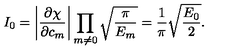
I _ { 0 } = \left| \frac { \partial \chi } { \partial c _ { m } } \right| \prod _ { m \neq 0 } \sqrt { \frac { \pi } { E _ { m } } } = \frac { 1 } { \pi } \sqrt { \frac { E _ { 0 } } { 2 } } .